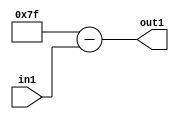
`timescale 1ps / 1ps
/*****************************************************************************
    Verilog RTL Description
    
    
    Created by: Stratus DpOpt 2019.1.01 
*******************************************************************************/

module fix2float_Subu8i127_1 (
	in1,
	out1
	); /* architecture "behavioural" */ 
input [7:0] in1;
output [7:0] out1;
wire [7:0] asc001;

assign asc001 = 
	+(8'B01111111)
	-(in1);

assign out1 = asc001;
endmodule

/* CADENCE  urn4Swg= : u9/ySgnWtBlWxVPRXgAZ4Og= ** DO NOT EDIT THIS LINE ******/